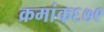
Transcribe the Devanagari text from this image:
क्रमांक६७९